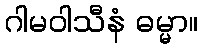
ဂါမဝါသီနံ ဓမ္မာ။